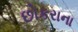
છોકરાના